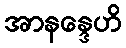
အာနန္ဒေဟိ